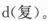
d(复)。